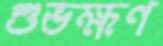
শুভক্ষণ